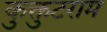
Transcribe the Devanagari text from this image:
कुक्तुटराम